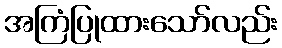
အကြံပြုထားသော်လည်း